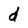
Character: d